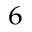
^ 6